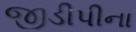
જીડીપીના